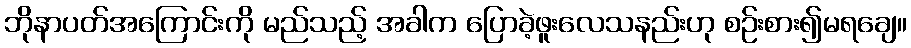
ဘိုနာပတ်အကြောင်းကို မည်သည့် အခါက ပြောခဲ့ဖူးလေသနည်းဟု စဉ်းစား၍မရချေ။